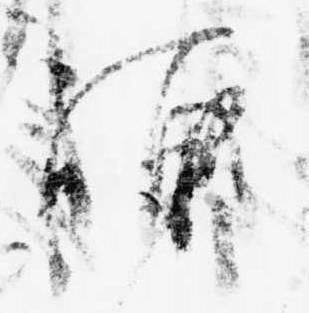
補